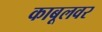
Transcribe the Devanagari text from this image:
काबूलवर